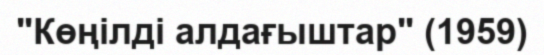
"Көңілді алдағыштар" (1959)